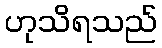
ဟုသိရသည်